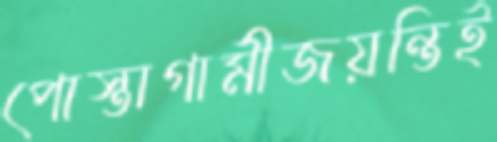
পোস্তাগামীজয়ন্তিই